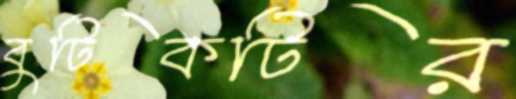
বুটিকটির